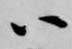
ハ